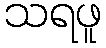
သရဖူ